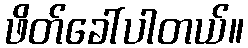
ဖိတ်ခေါ်ပါတယ်။